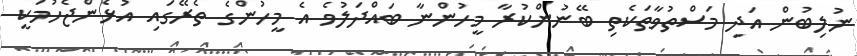
ނުލިބުން އަދި މަސްތުވާތަކެތި ބޭނުންކުރާ މީހުންނާ ބައްދަލުވެ އެ މީހުންގެ ތެރޭގައި އުޅެންޖެހުމަކީ